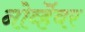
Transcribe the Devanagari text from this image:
नोव्हॆंबर